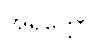
အရိတ္တော